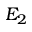
E _ { 2 }